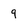
Character: 9